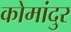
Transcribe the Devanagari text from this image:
कोमांदुर